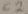
Text: C2